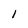
Character: 1